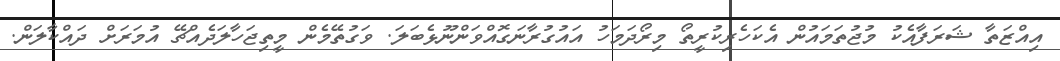
އިއްޒަތާ ޝަރަފާއެކު މުޖުތަމައުން އެކަހެރިކުރީތޯ މިރޯދަމަހު އައުގުރާނަގޮއްވަންނޫޅެބަލަ. ވަގުތޭމެން މީތިޖަހާލަދެއްޗޭ އުމަރަށް ދައްކާލަން.